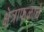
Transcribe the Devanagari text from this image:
क्षेत्राफळाचे